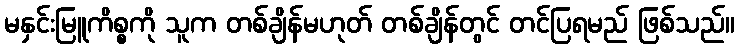
မနှင်းမြူကိစ္စကို သူက တစ်ချိန်မဟုတ် တစ်ချိန်တွင် တင်ပြရမည် ဖြစ်သည်။